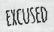
EXCUSED